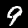
Digit: 9